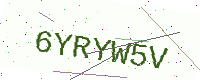
Text: 6YRYW5V